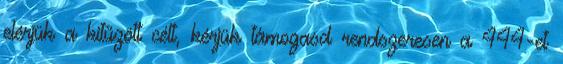
elérjük a kitűzött célt, kérjük támogasd rendszeresen a 444-et